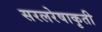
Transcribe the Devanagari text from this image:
सरलरेषाकृती